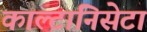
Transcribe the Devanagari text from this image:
काल्टानिसेटा